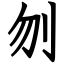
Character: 刎